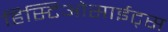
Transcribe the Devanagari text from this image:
हिस्टिओसाईट्स